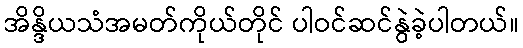
အိန္ဒိယသံအမတ်ကိုယ်တိုင် ပါဝင်ဆင်နွဲခဲ့ပါတယ်။